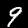
Label: 9